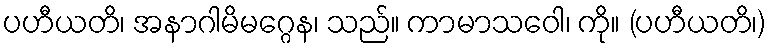
ပဟီယတိ၊ အနာဂါမိမဂ္ဂေန၊ သည်။ ကာမာသဝေါ၊ ကို။ (ပဟီယတိ၊)